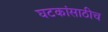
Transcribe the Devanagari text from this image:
घटकांसाठीच